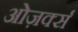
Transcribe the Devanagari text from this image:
ओज़र्क्स